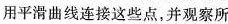
用平滑曲线连接这些点，并观察所